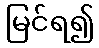
မြင်ရ၍